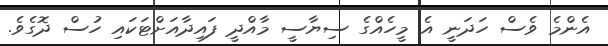
އެންމެ ވެސް ހަދަނީ އެ މީހެއްގެ ސިޔާސީ މާއްދީ ފައިދާއަށްޓަކައި ހުސް ދޮގެވެ.